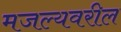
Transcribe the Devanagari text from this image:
मजल्यवरील